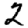
Digit: 2